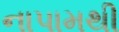
નાપામથી